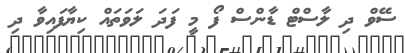
ސޭވް ދި ލާސްޓް ޑާންސް ފޯ މީ ފަދަ ލަވަތައް ކިޔާފައިވާ ދި